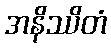
အနိဿိတံ